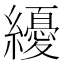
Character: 纋